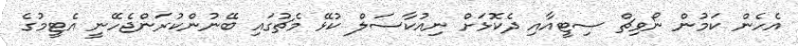
އެހެން ކަމުން ނޯވިޗް ސިޓީއާއި ދެކޮޅަށް ނިއުކާސަލް ކުޅޭ މެޗުގައި ބޭނުންކުރަންޖެހޭނީ އެޓީމުގެ